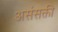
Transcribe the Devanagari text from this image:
असंसक्ती